Scottish Leaving Certificate Examination, 1954
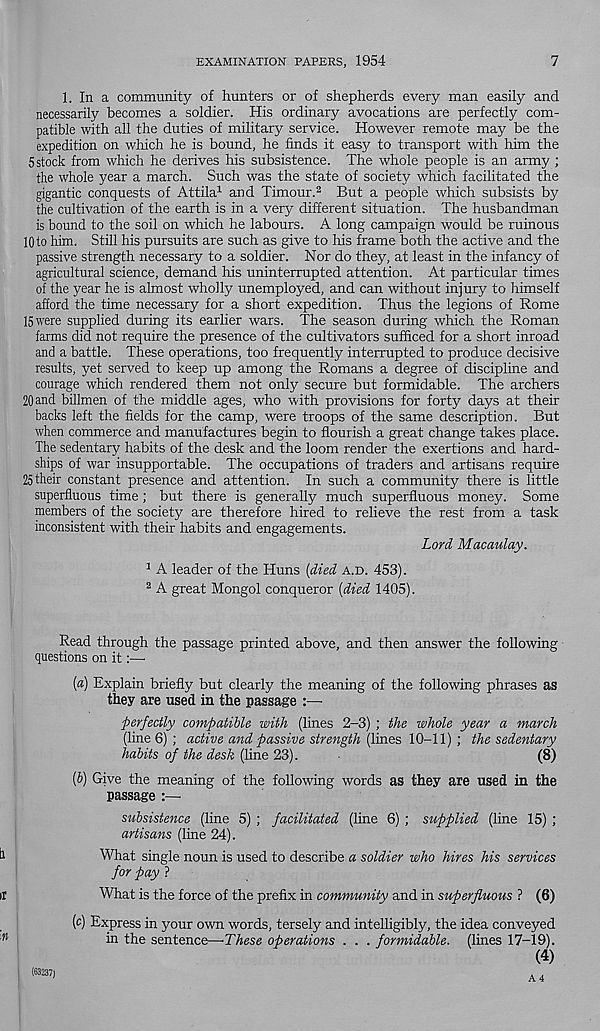
EXAMINATION PAPERS, 1954
7
1. In a community of hunters or of shepherds every man easily and
necessarily becomes a soldier. His ordinary avocations are perfectly com-
patible with all the duties of military service. However remote may be the
expedition on which he is bound, he finds it easy to transport with him the
5 stock from which he derives his subsistence. The whole people is an army ;
the whole year a march. Such was the state of society which facilitated the
gigantic conquests of Attila 1 and Timour. 2 But a people which subsists by
the cultivation of the earth is in a very different situation. The husbandman
is bound to the soil on which he labours. A long campaign would be ruinous
lOto him. Still his pursuits are such as give to his frame both the active and the
passive strength necessary to a soldier. Nor do they, at least in the infancy of
agricultural science, demand his uninterrupted attention. At particular times
of the year he is almost wholly unemployed, and can without injury to himself
afford the time necessary for a short expedition. Thus the legions of Rome
15 were supplied during its earlier wars. The season during which the Roman
farms did not require the presence of the cultivators sufficed for a short inroad
and a battle. These operations, too frequently interrupted to produce decisive
results, yet served to keep up among the Romans a degree of discipline and
courage which rendered them not only secure but formidable. The archers
20 and billmen of the middle ages, who with provisions for forty days at their
backs left the fields for the camp, were troops of the same description. But
when commerce and manufactures begin to flourish a great change takes place.
The sedentary habits of the desk and the loom render the exertions and hard-
ships of war insupportable. The occupations of traders and artisans require
25 their constant presence and attention. In such a community there is little
superfluous time; but there is generally much superfluous money. Some
members of the society are therefore hired to relieve the rest from a task
inconsistent with their habits and engagements.
Lord Macaulay.
3 A leader of the Huns [died A.D. 453).
2 A great Mongol conqueror [died 1405).
Read through the passage printed above, and then answer the following
questions on it:—•
[a) Explain briefly but clearly the meaning of the following phrases as
they are used in the passage :—
perfectly compatible with (lines 2-3) ; the whole year a march
(line 6) ; active and passive strength (lines 10-11) ; the sedentary
habits of the desk (line 23).
(8)
(&) Give the meaning of the following words as they are used in the
passage :—
subsistence (line 5) ; facilitated (line 6) ; supplied (line 15) ;
artisans (line 24).
What single noun is used to describe a soldier who hires his services
for pay ?
What is the force of the prefix in community and in superfluous ? (6)
(c) Express in your own words, tersely and intelligibly, the idea conveyed
in the sentence—'These operations . . . formidable, (lines 17-19).
(4)